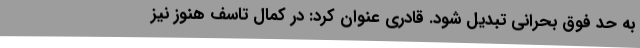
به حد فوق بحرانی تبدیل شود. قادری عنوان کرد: در کمال تاسف هنوز نیز